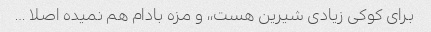
برای کوکی زیادی شیرین هست،، و مزه بادام هم نمیده اصلا …